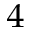
^ 4